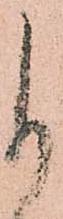
自